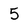
Character: 5